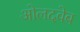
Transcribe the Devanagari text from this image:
ओलदवेब